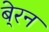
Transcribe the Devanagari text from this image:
बे्रन